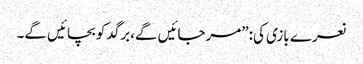
نعرے بازی کی:”مرجائیں گے،برگد کو بچائیں گے۔